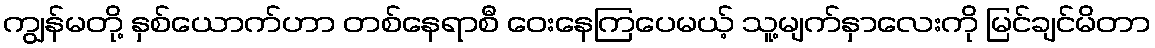
ကျွန်မတို့ နှစ်ယောက်ဟာ တစ်နေရာစီ ဝေးနေကြပေမယ့် သူ့မျက်နှာလေးကို မြင်ချင်မိတာ